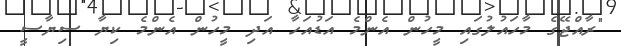
"ރާއްޖޭގެ މާހައުލުގައި މީހުން އެންމެ އަޑުއަހާ އަދި މީހުން އެންމެ ކިޔާ ސިޔާސީ